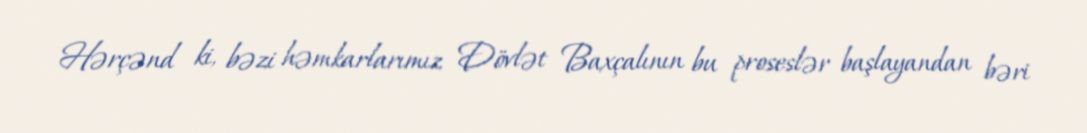
Hərçənd ki, bəzi həmkarlarımız Dövlət Baxçalının bu proseslər başlayandan bəri